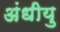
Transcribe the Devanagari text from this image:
अंधीयु